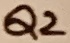
Text: Q2